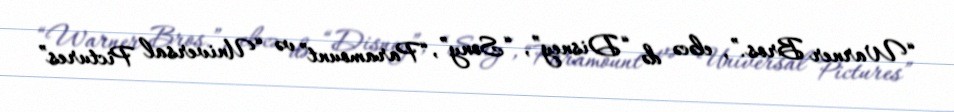
“Warner Bros.”, eləcə də “Disney”, “Sony”, “Paramount” və “Universal Pictures”